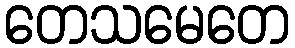
တေသမေတေ